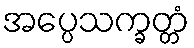
အပ္ပေသက္ခတ္တံ